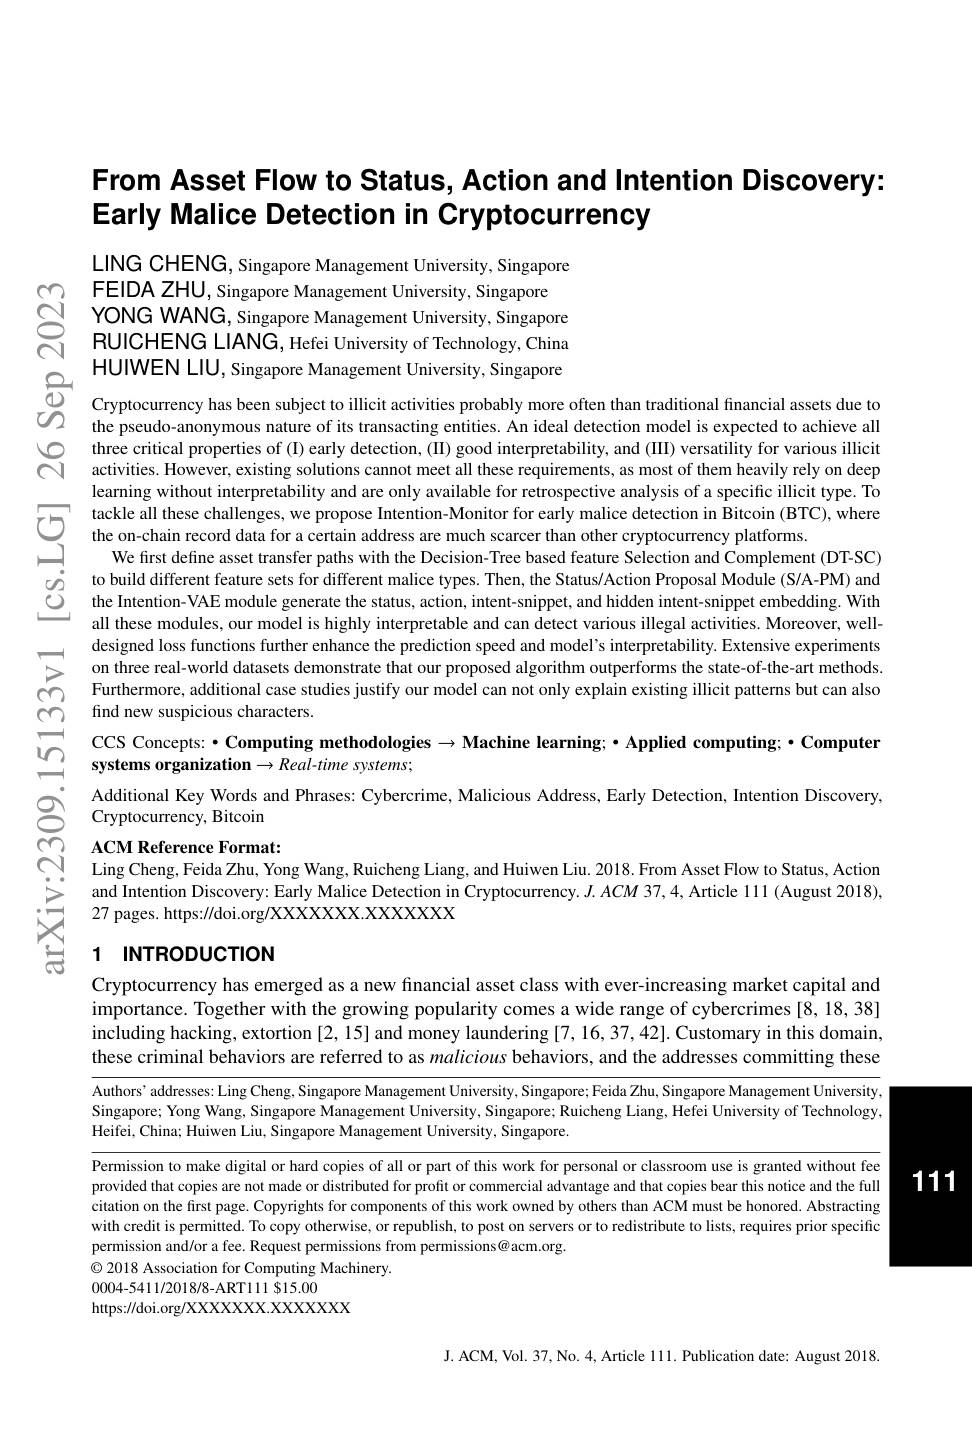
# From Asset Flow to Status, A Early Malice Detection in Cr

LING CHENG, Singapore Manage
FEIDA ZHU, Singapore Managem
$\begin{array}{lll}&\text{FEIDA ZHU,Singapore Management University,Singapore}\\\mathrm{N}&\text{YONG WANG,Singapore Management University,Singapore}\\\mathrm{RUICHENG~LIANG,Hefei~University~of~Technology,~China}\end{array}$
HUIWEN LIU, Singapore Man

three critical properties of ( I) early detection, ( II) good interpretability, and ( III) versatility for various illicit activities. However, existing solutions cannot meet all these requirements, as most of them heavily rely on deep
learning without interpretab tackle all thesec challenges, we propose Intention- Monitor for early malice detection in Bitcoin ( BTC) , where the on- chain record dataf for acertain adtresas rem aduchs carcer than otherec cryppotcurrency plattforns. We first define asster trans
all these modules, our model $\begin{array}{llll}&\text{designed loss functions furher enhance the prediction speed and model's interpretability. Extensive experiments}\\\sum&\text{on three real-world datasets demonstrate that our proposed algorithm outperforms the state-of-the-art methods}\\(C)&\text{Furthermore,}\end{array}$ $\simeq$ find new suspicious characters.

CCS Concepts: · Computing methodologies $\to$ Machine learning; · Applied computing; · Computer
systems organization $\to Real$-time systems;

$ഇ$

Additional Key Words and Phrases: Cybercrime, Malicious Address, Early Detection, Intention Discovery,
S Cryptocurrency, Bitcoin

m

N

ACM Reference Format:
Ling Cheng, Feida Zhu, Yong Wang, Ruicheng Liang, and Huiwen Liu. 2018. From Asset Flow to Status, Action and Intention Discovery: Early Malice Detection in Cryptocurrency. $J.ACM$ 37, 4, Article 111 (August 2018), 27 pages. https://doi.org/XXXXXXX.XXXXX

乏

# $S_1$ INTRODUCTION

Cryptocurrency has emerged as a new fınancial asset class with ever-increasing market capital and importance. Together with the growing popularity comes a wide range of cybercrimes [8, 18, 38] including hacking, extortion [2, 15] and money laundering [7, 16, 37, 42]. Customary in this domain, these criminal behaviors are referred to as malicious behaviors, and the addresses committing these

Authors' addresses: Ling Cheng, Singapore Management University, Singapore; Feida Zhu, Singapore Management University, Singapore; Yong Wang, Singapore Management University, Singapore; Ruicheng Liang, Hefei University of Technology, Heifei, China; Huiwen Liu, Singapore Management University, Singapore.

Permission to make digital or hard copies of all or part of this work for personal or classroom use is granted without fee provided that copies are not made or distributed for profit or commercial advantage and that copies bear this notice and the full citation on the first page. Copyrights for components of this work owned by others than ACM must be honored. Abstracting with credit is permitted. To copy otherwise, or republish, to post on servers or to redistribute to lists, requires prior specific permission and/or a fee. Request permissions from permissions@acm.org.
$\textcircled{\circ}$ 2018 Association for Computing Machinery
0004-5411/2018/8-ART111 $15.00
https://doi.org/XXXXXXX.XXXXX

J. ACM, Vol. 37, No. 4, Article 111. Publication date: August 2018.

1111